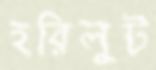
হরিলুট